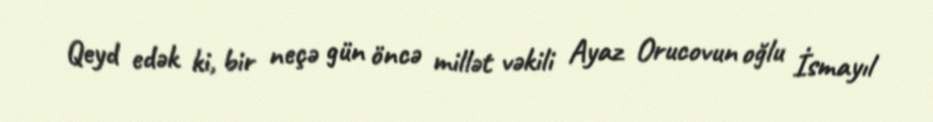
Qeyd edək ki, bir neçə gün öncə millət vəkili Ayaz Orucovun oğlu İsmayıl